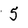
Character: 5